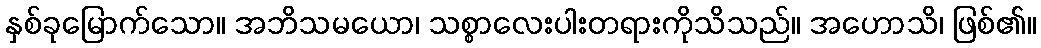
နှစ်ခုမြောက်သော။ အဘိသမယော၊ သစ္စာလေးပါးတရားကိုသိသည်။ အဟောသိ၊ ဖြစ်၏။